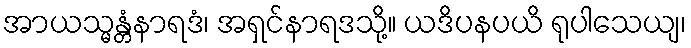
အာယသ္မန္တံနာရဒံ၊ အရှင်နာရဒသို့။ ယဒိပနပယိ ရုပါသေယျ၊